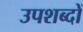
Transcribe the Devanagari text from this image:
उपशब्दों